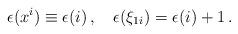
LaTeX: \begin{align*}\epsilon(x^i)\equiv\epsilon(i)\,,\quad\epsilon(\xi_{1i})=\epsilon(i)+1\,.\end{align*}